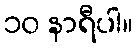
၁၀ နာရီပါ။